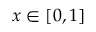
x \in [ 0 , 1 ]